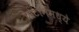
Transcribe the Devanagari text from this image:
प्रोटॉनमध्ये